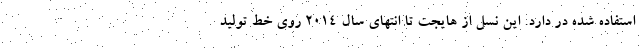
استفاده شده در دارد. این نسل از هایجت تا انتهای سال 2014 روی خط تولید